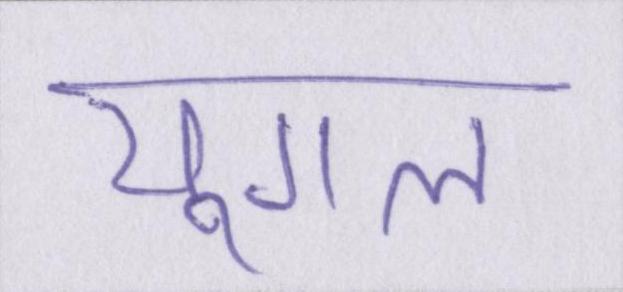
युगल